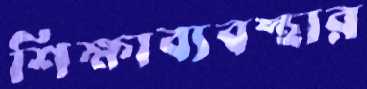
শিক্ষাব্যবস্থার